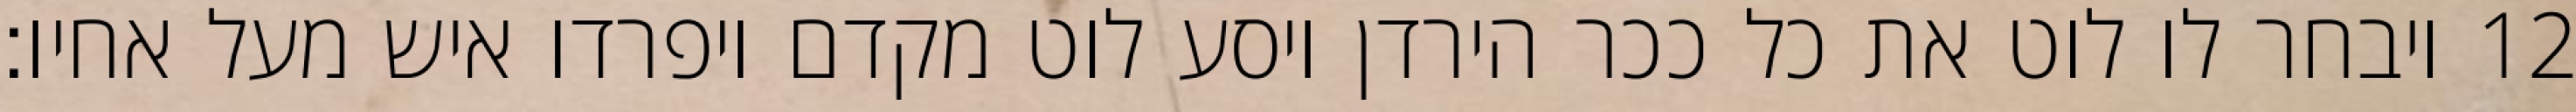
ויבחר לו לוט את כל ככר הירדן ויסע לוט מקדם ויפרדו איש מעל אחיו׃ ‎12‏